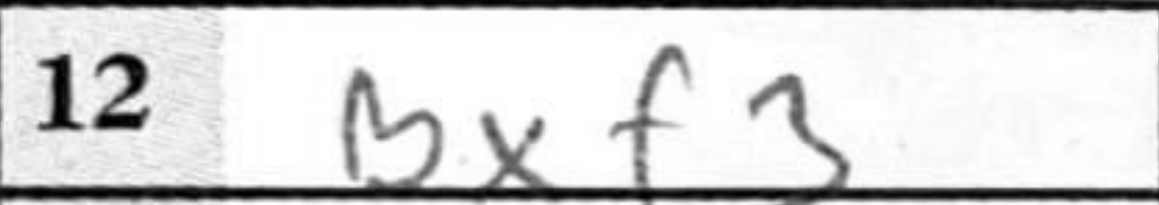
Transcription: Bxf3